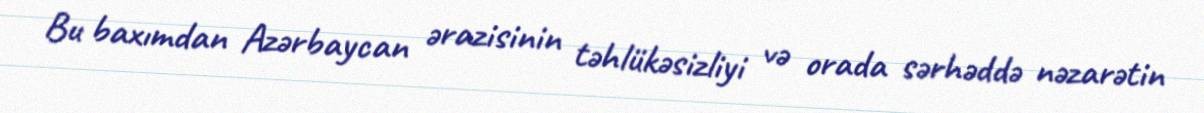
Bu baxımdan Azərbaycan ərazisinin təhlükəsizliyi və orada sərhəddə nəzarətin